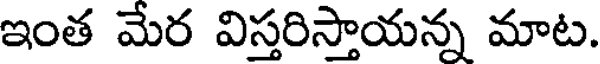
ఇంత మేర విస్తరిస్తాయన్న మాట.